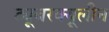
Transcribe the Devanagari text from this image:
ट्यूबरक्यूलीन